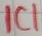
Text: IC1